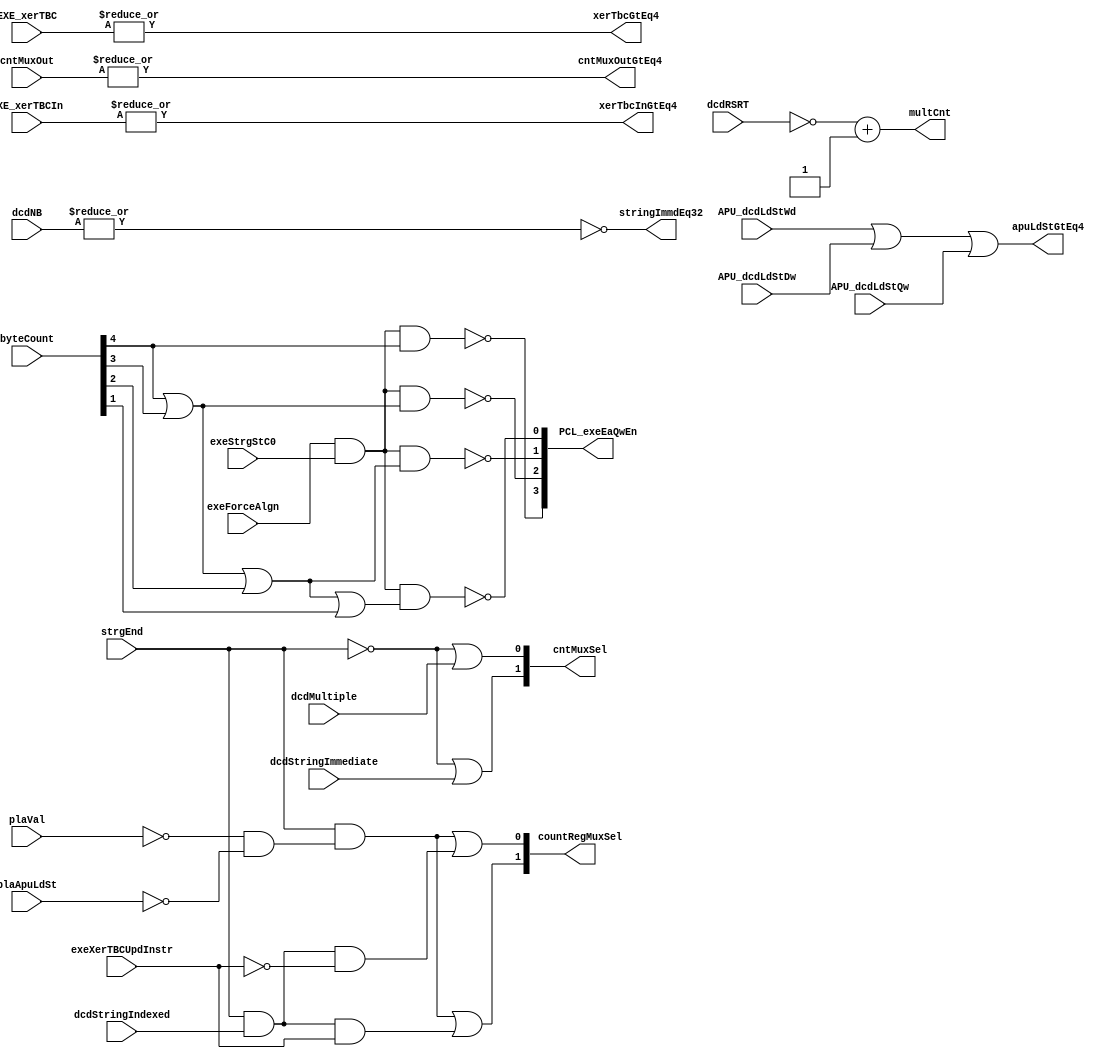
module p405s_storageCountCntl (apuLdStGtEq4, cntMuxOutGtEq4, xerTbcGtEq4, xerTbcInGtEq4,
           multCnt, stringImmdEq32, cntMuxSel, countRegMuxSel,
           dcdMultiple, dcdNB, dcdRSRT, dcdStringImmediate,
           dcdStringIndexed, exeXerTBCUpdInstr, strgEnd,
           APU_dcdLdStWd, APU_dcdLdStDw, cntMuxOut, EXE_xerTBC,
           EXE_xerTBCIn, plaVal, APU_dcdLdStQw, plaApuLdSt, exeForceAlgn,
           byteCount, exeStrgStC0, PCL_exeEaQwEn);

    output apuLdStGtEq4, cntMuxOutGtEq4, xerTbcGtEq4, xerTbcInGtEq4;
    output [0:5] multCnt;
    output [0:1] cntMuxSel;
    output [0:1] countRegMuxSel;
    output stringImmdEq32;
    output [0:3] PCL_exeEaQwEn;
    input dcdMultiple;
    input [0:4] dcdNB;
    input [0:4] dcdRSRT;
    input dcdStringImmediate;
    input dcdStringIndexed;
    input exeXerTBCUpdInstr;
    input strgEnd;
    input plaVal;
    input APU_dcdLdStQw;
    input APU_dcdLdStDw;
    input APU_dcdLdStWd;
    input [0:5] cntMuxOut;
    input [0:4] EXE_xerTBC;
    input [0:4] EXE_xerTBCIn;
    input plaApuLdSt;
    input exeForceAlgn;
    input [0:7] byteCount;
    input exeStrgStC0;

//assign PCL_apuExeWdCnt[0] = byteCount[3] | (byteCount[4] & byteCount[5]);
//assign PCL_apuExeWdCnt[1] = byteCount[3] | (byteCount[4] & ~byteCount[5]);

// Force lower order bit of dsEa.
assign PCL_exeEaQwEn[0] = ~(exeForceAlgn & exeStrgStC0 & byteCount[3]);

assign PCL_exeEaQwEn[1] = ~(exeForceAlgn & exeStrgStC0 &
                            (byteCount[3] | byteCount[4]));

assign PCL_exeEaQwEn[2] = ~(exeForceAlgn & exeStrgStC0 &
                            (byteCount[3] | byteCount[4] | byteCount[5]));

assign PCL_exeEaQwEn[3] = ~(exeForceAlgn & exeStrgStC0 &
                            (byteCount[3] | byteCount[4] | byteCount[5] | byteCount[6]));

// apuLdSt >= 4.
assign apuLdStGtEq4 = APU_dcdLdStWd | APU_dcdLdStDw | APU_dcdLdStQw;

// cntMuxOut >= 4.
assign cntMuxOutGtEq4 = |cntMuxOut[0:5];

// EXE_xerTBC >= 4.
assign xerTbcGtEq4 = |EXE_xerTBC[0:4];

// EXE_xerTBCIn >= 4.
assign xerTbcInGtEq4 = |EXE_xerTBCIn[0:4];

// multiple Count is obtained by two's comp of RSRT times 4.
assign multCnt[0:5] = {({1'b0,~dcdRSRT[0:4]} + 1)};

// When NB field is zeroes, string length is 32.
assign stringImmdEq32 = ~|dcdNB[0:4];

// Select feedback path any time NOT strgEnd
// 00 - Scalar load/store initial count.
// 01 - multiple load/store initial count.
// 10 - string Immediate initial count.
// 11 - Feedback path while working on storage instruction
assign cntMuxSel[0] = ~strgEnd | dcdStringImmediate;
assign cntMuxSel[1] = ~strgEnd | dcdMultiple;

// Select feedback path any time NOT strgEnd
// 00 - Feedback path while working on storage instruction.
// 01 - String Index output of XER register.
// 10 - String Index input of XER register
// 11 - APU.
   // Replacing instantiation: GTECH_AO21 cntRegSel0
   assign countRegMuxSel[0] = (strgEnd & (~plaVal & ~plaApuLdSt)) | strgEnd & dcdStringIndexed & exeXerTBCUpdInstr;


   // Replacing instantiation: GTECH_AO21 cntRegSel1
   assign countRegMuxSel[1] = (strgEnd & (~plaVal & ~plaApuLdSt)) | strgEnd & dcdStringIndexed & ~exeXerTBCUpdInstr;


endmodule